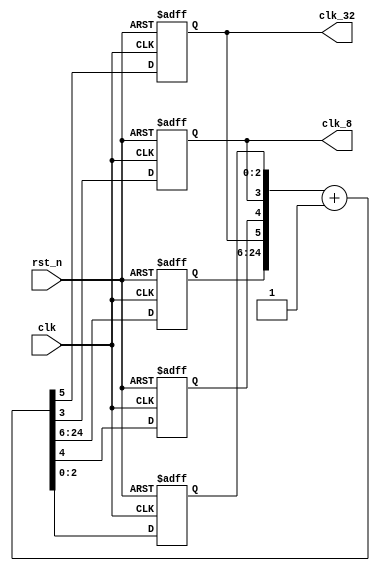
`timescale 1ns / 1ps
//////////////////////////////////////////////////////////////////////////////////
// Company: 
// Engineer: 
// 
// Design Name: 
// Module Name:    freq_div_2 
// Project Name: 
// Target Devices: 
// Tool versions: 
// Description: 
//
// Dependencies: 
//
// Revision: 
// Revision 0.01 - File Created
// Additional Comments: 
//
//////////////////////////////////////////////////////////////////////////////////
`define FREQ_DIV_BIT_25 25 // #bits for freq divider
`define FTSD_SCAN_CTL_BIT_WIDTH 2 // #bits for 14-seg display scan control

module freq_div_2( clk_32,clk_8,clk, rst_n);
	output clk_32;
	output clk_8;
	input clk; // system clock, ~ 40 MHz
	input rst_n; // active low reset
	reg [18:0] clk_buff_high; // local signal
	reg clk_32,clk_temp,clk_8;
	reg [2:0]clk_buff_low;	// local signal
	wire [`FREQ_DIV_BIT_25-1:0] clk_cnt; // local signal for clock counter//
	
	assign clk_cnt ={clk_buff_high,clk_32,clk_temp,clk_8,clk_buff_low} +1'b1;

	
	always@(posedge clk or negedge rst_n)
		begin
			if(~rst_n)
			{clk_buff_high,clk_32,clk_temp,clk_8,clk_buff_low}<= `FREQ_DIV_BIT_25'd0; 
			else
			{clk_buff_high,clk_32,clk_temp,clk_8,clk_buff_low}<= clk_cnt;
		end
 endmodule